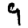
Digit: 9